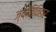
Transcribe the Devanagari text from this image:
ज्योतिविहार